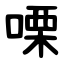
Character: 㗚